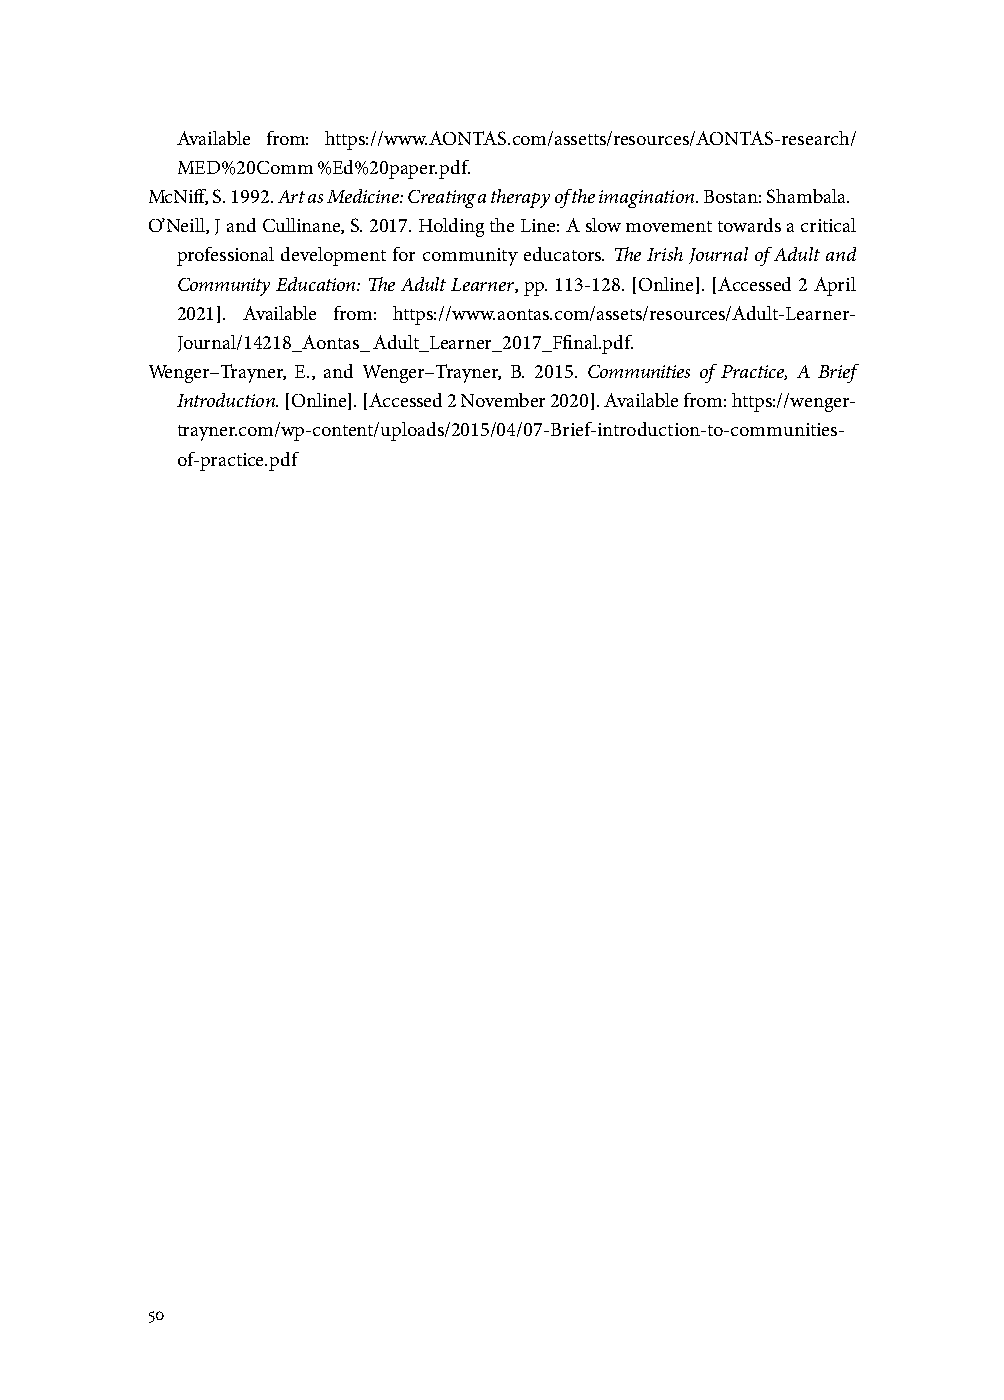
Available from: https://www.AONTAS.com/assetts/resources/AONTAS-research/
 MED%20Comm %Ed%20paper.pdf.
 McNiff, S. 1992. Art as Medicine: Creating a therapy of the imagination. Bostan: Shambala.
 O’Neill, J and Cullinane, S. 2017. Holding the Line: A slow movement towards a critical
 professional development for community educators. The Irish Journal of Adult and
 Community Education: The Adult Learner, pp. 113-128. [Online]. [Accessed 2 April
 2021]. Available from: https://www.aontas.com/assets/resources/Adult-Learner-
 Journal/14218_Aontas_ Adult_Learner_2017_Ffinal.pdf.
 Wenger–Trayner, E., and Wenger–Trayner, B. 2015. Communities of Practice, A Brief
 Introduction. [Online]. [Accessed 2 November 2020]. Available from: https://wenger-
 trayner.com/wp-content/uploads/2015/04/07-Brief-introduction-to-communities-
 of-practice.pdf
 50